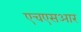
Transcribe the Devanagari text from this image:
एचएसआर